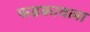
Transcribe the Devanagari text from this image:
फडकावला